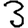
Digit: 3